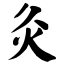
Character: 灸